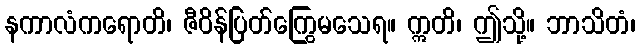
နကာလံကရောတိ၊ ဇီဝိန်ပြတ်ကြွေမသေရ။ ဣတိ၊ ဤသို့။ ဘာသိတံ၊